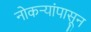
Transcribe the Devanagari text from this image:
नोकऱ्यांपासून